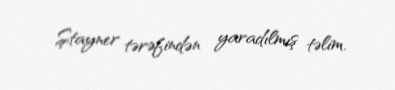
Ştayner tərəfindən yaradılmış təlim.